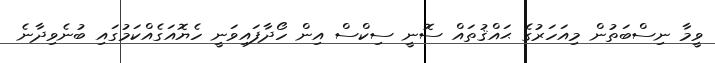
ވީމާ ނިސްބަތުން މިއަހަރުގެ ޙައްޤުތައް ސޮނީ ސިކްސް އިން ހޯދާފައިވަނީ ހެޔޮއަގެއްކަމުގައި ބުނެވިދާނެ